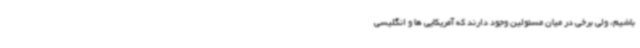
باشیم، ولی برخی در میان مسئولین وجود دارند که آمریکایی ها و انگلیسی